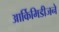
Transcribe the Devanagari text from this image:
आर्किमिडीजने